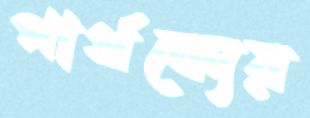
পার্থক্যের